Report on vaccination in Madras 1922-1929 - 1922-1929
Year: 1922
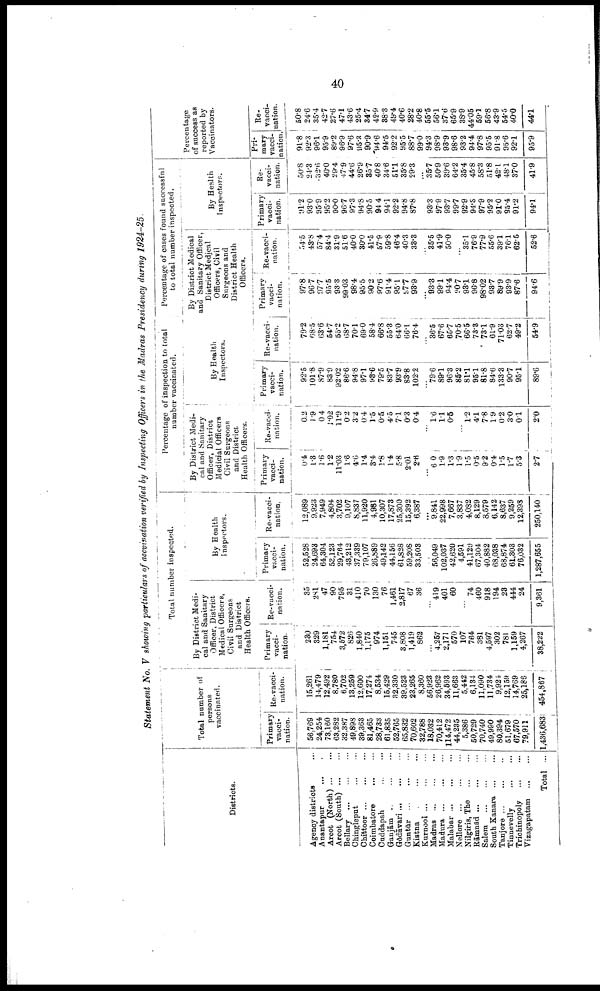
40
Statement No. V showing particulars of accvination verified by Inspecting Officers in the Madras Presidency during 1924-25.
Districts.
Agency districts ...
Anantapur ...
Arcot (North)
...
...
Arcot (South)
...
...
Bellary
...
...
...
Chingleput
...
...
Chittoor
...
...
...
Coimbatore
...
...
Cuddapah
...
...
Ganjām ..
...
...
Gōdāvari
...
...
...
Guntūr
...
...
...
Kistna
...
...
...
Kurnool
...
...
...
Madras
...
...
...
Madura
...
...
...
Malabar
...
...
...
Nellore
...
...
...
Nilgiris, The ... ...
Rāmnād
... ... ...
Salem
...
...
...
South Kanara
...
...
Tanjore
...
...
...
Tinnevelly ... ...
Trichinopoly
...
...
Vizagapatam
...
...
Total ...
Total number of
persons
vaccinated.
Primary
vacci
nation.
56,769
24,254
73,160
63,282
32,387
49,898
39,363
81,465
28,733
61,835
52,765
65,832
70,602
32,788
18,032
70,412
114,472
44,235
5,386
50,729
70,740
49,990
80,394
51,679
67,570
79,911
1,436,683
Re-vacci¬
nation.
15,261
14,479
12,492
8,780
6,702
13,259
12,600
17,274
8,534
15,429
32,330
39,523
23,265
8,360
56,923
26,962
34,593
11,663
5,442
6,134
11,090
11,734
9,924
12,159
14,769
25,186
454,867
Total number inspected.
By District Medi
cal and Sanitary
Officer, District
Medical Officers,
Civil Surgeons
and District
Health Officers.
Primary
vacci
nation.
230
329
1,181
754
3,572
826
1,840
1,175
974
1,151
745
3,808
1,419
862
...
4,257
2,171
570
107
764
381
4,597
302
781
1,159
4,267
38,222
Re-vacci¬
nation.
35
281
47
90
795
31
410
70
130
76
1,461
2,817
67
36
...
419
401
60
...
74
460
918
194
23
444
24
9,361
By Health
inspectors.
Primary
vacci
nation.
52,528
24,693
64,304
53,123
29,764
43,212
37,339
79,107
26,889
49,142
44,156
61,828
59,208
33,503
...
56,049
102,037
42,620
4,591
41,129
67,304
40,882
68,038
68,874
61,303
76,032
1,287,655
Re-vacci¬
nation.
12,089
9,923
7,949
4,804
3,702
9,107
8,837
11,920
4,981
10,307
17,873
25,300
15,392
6,387
...
9,841
22,998
7,667
3,837
4,082
8,129
8,579
6,142
8,637
9,259
12,398
250,140
Percentage of inspection to total
number vaccinated.
By District Medi¬
cal and Sanitary
Officer, District
Medicial Officers
Civil Surgeons
and District
Health Officers.
Primary
vacci
nation.
0.4
1.3
1.6
1.2
11.03
1.6
4.6
1.4
3.4
1.8
1.4
5.8
2.01
2.6
...
6.0
1.8
1.3
1.9
1.5
0.5
9.2
0.4
1.5
1.7
5.3
2.7
Re-vacci
nation.
0.2
1.9
0.4
1.02
11.9
0.2
3.2
0.4
1.5
0.5
4.5
7.1
0.3
0.4
...
1.6
1.1
0.5
...
1.2
4.1
7.8
1.9
0.2
3.0
0.1
2.0
By Health
Inspectors.
Primary
vacci¬
nation.
92.5
101.8
87.9
83.9
92.02
86.6
94.8
97.1
98.6
79.5
83.7
93.9
83.8
102.2
...
79.6
89.1
96.3
85.2
81.1
95.1
81.8
84.6
133.3
90.7
95.1
89.6
Re-vacci¬
nation.
79.2
68.5
63.6
54.7
55.2
68.7
70.1
69.0
58.4
66.8
55.3
64.0
66.1
76.4
...
36.5
67.6
65.7
70.5
66.5
73.3
73.1
61.9
71.03
62.7
49.2
54.9
Percentage of cases found successful
to total number inspected.
By District Medical
and Sanitary Officer,
District Medical
Officers, Civil
Surgeons and
District Health
Officers.
Primary
vacci¬
nation.
97.8
96.7
97.7
95.5
93.3
99.03
98.4
95.5
90.2
97.6
91.4
95.1
97.7
93.9
...
93.3
99.1
94.4
90.7
93.1
96.8
98.02
93.7
89.9
93.9
87.6
94.6
Re-vacci
nation.
54.5
43.8
57.4
84.4
31.9
51.6
40.0
30.0
41.5
57.9
59.8
46.4
40.3
33.3
...
35.5
41.9
50.0
...
35.1
76.9
77.9
55.6
39.1
76.1
62.5
52.6
By Health
Inspectors.
Primary
vacci
nation.
91.2
93.0
95.9
95.2
90.0
96.7
97.3
94.8
90.5
94.4
94.1
92.2
94.8
87.8
...
93.3
97.9
93.7
99.7
92.9
94.5
97.9
95.2
91.0
95.4
91.2
94.1
Re¬
vacci
nation.
50.8
24.3
32.6
40.0
29.4
47.9
44.6
26.9
35.7
40.8
34.6
51.1
35.8
29.3
...
35.7
50.9
39.6
64.2
35.4
45.8
58.3
51.8
42.1
48.1
37.0
41.9
Percentage
of success as
reported by
Vaccinators.
Pri
mary
vacci
nation.
91.8
92.3
96.1
95.9
89.2
96.9
97.6
95.3
90.9
94.6
94.5
92.2
95.5
88.7
99.0
94.3
98.9
93.9
98.6
93.2
94.4
97.8
95.5
91.8
95.6
92.1
95.9
Re¬
vacci¬
nation.
50.8
24.6
35.4
42.7
27.6
47.1
43.6
25.4
34.7
42.9
38.3
49.4
40.6
28.2
40.8
55.5
56.1
37.6
65.9
38.9
44.05
59.1
56.8
43.9
54.5
40.0
44.1